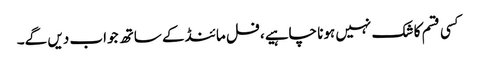
کسی قسم کا شک نہیں ہونا چاہیے، فل مائنڈ کے ساتھ جواب دیں گے۔